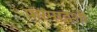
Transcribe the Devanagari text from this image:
फरमाइशी